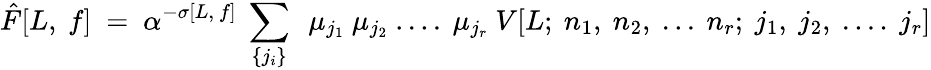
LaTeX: {\hat{F}[L,~f]}~=~\alpha^{-\sigma[L,~f]}~\sum_{\{ j_{i}\} }~~\mu_{j_{1}}~\mu_{j_{2}}~....~\mu_{j_{r}}~V[L;~n_{1},~n_{2},~...~n_{r};~j_{1},~j_{2},~....~j_{r}]